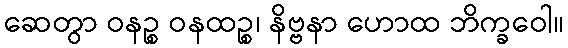
ဆေတွာ ဝနဉ္စ ဝနထဉ္စ၊ နိဗ္ဗနာ ဟောထ ဘိက္ခဝေါ။